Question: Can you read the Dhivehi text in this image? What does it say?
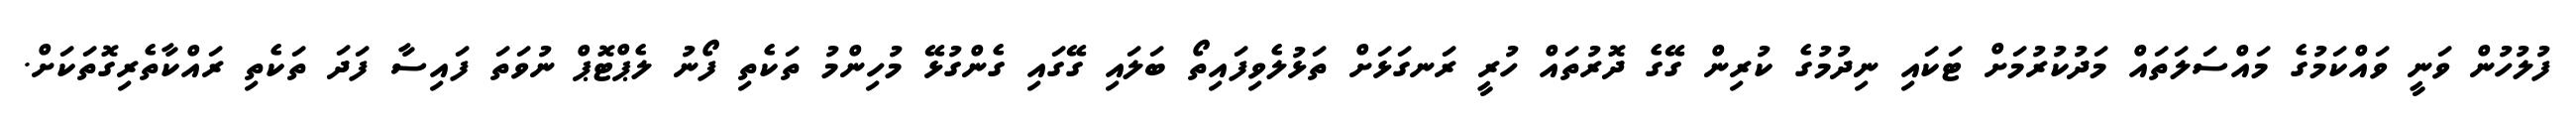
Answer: ފުލުހުން ވަނީ ވައްކަމުގެ މައްސަލަތައް މަދުކުރުމަށް ޓަކައި ނިދުމުގެ ކުރިން ގޭގެ ދޮރުތައް ހުރީ ރަނގަޅަށް ތަޅުލެވިފައިތޯ ބަލައި ގޭގައި ގެންގުޅޭ މުހިންމު ތަކެތި ފޯނު ލެޕްޓޮޕް ނުވަތަ ފައިސާ ފަދަ ތަކެތި ރައްކާތެރިގޮތަކަށް.